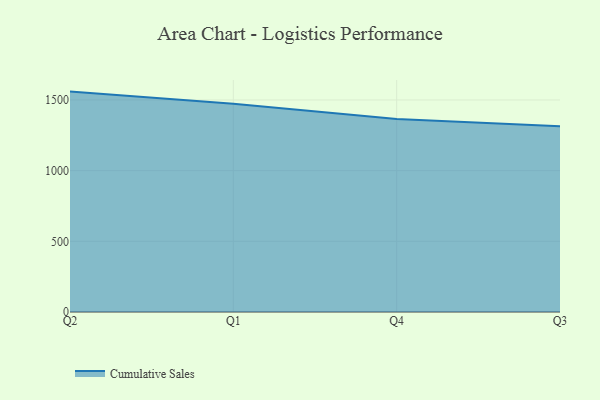
{"axis": {"x": "Quarter", "y": "Customer Acquisition Cost (USD)"}, "legend": ["Cumulative Sales"], "data": [{"x": "Q2", "y": 1559.3, "type": "Cumulative Sales"}, {"x": "Q1", "y": 1473.5, "type": "Cumulative Sales"}, {"x": "Q4", "y": 1365.2, "type": "Cumulative Sales"}, {"x": "Q3", "y": 1313.7, "type": "Cumulative Sales"}]}